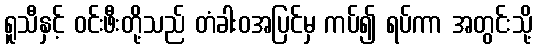
ရူသီနှင့် ဝင်းဖီးတို့သည် တံခါးဝအပြင်မှ ကပ်၍ ရပ်ကာ အတွင်းသို့